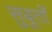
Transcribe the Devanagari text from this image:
सुबूतों